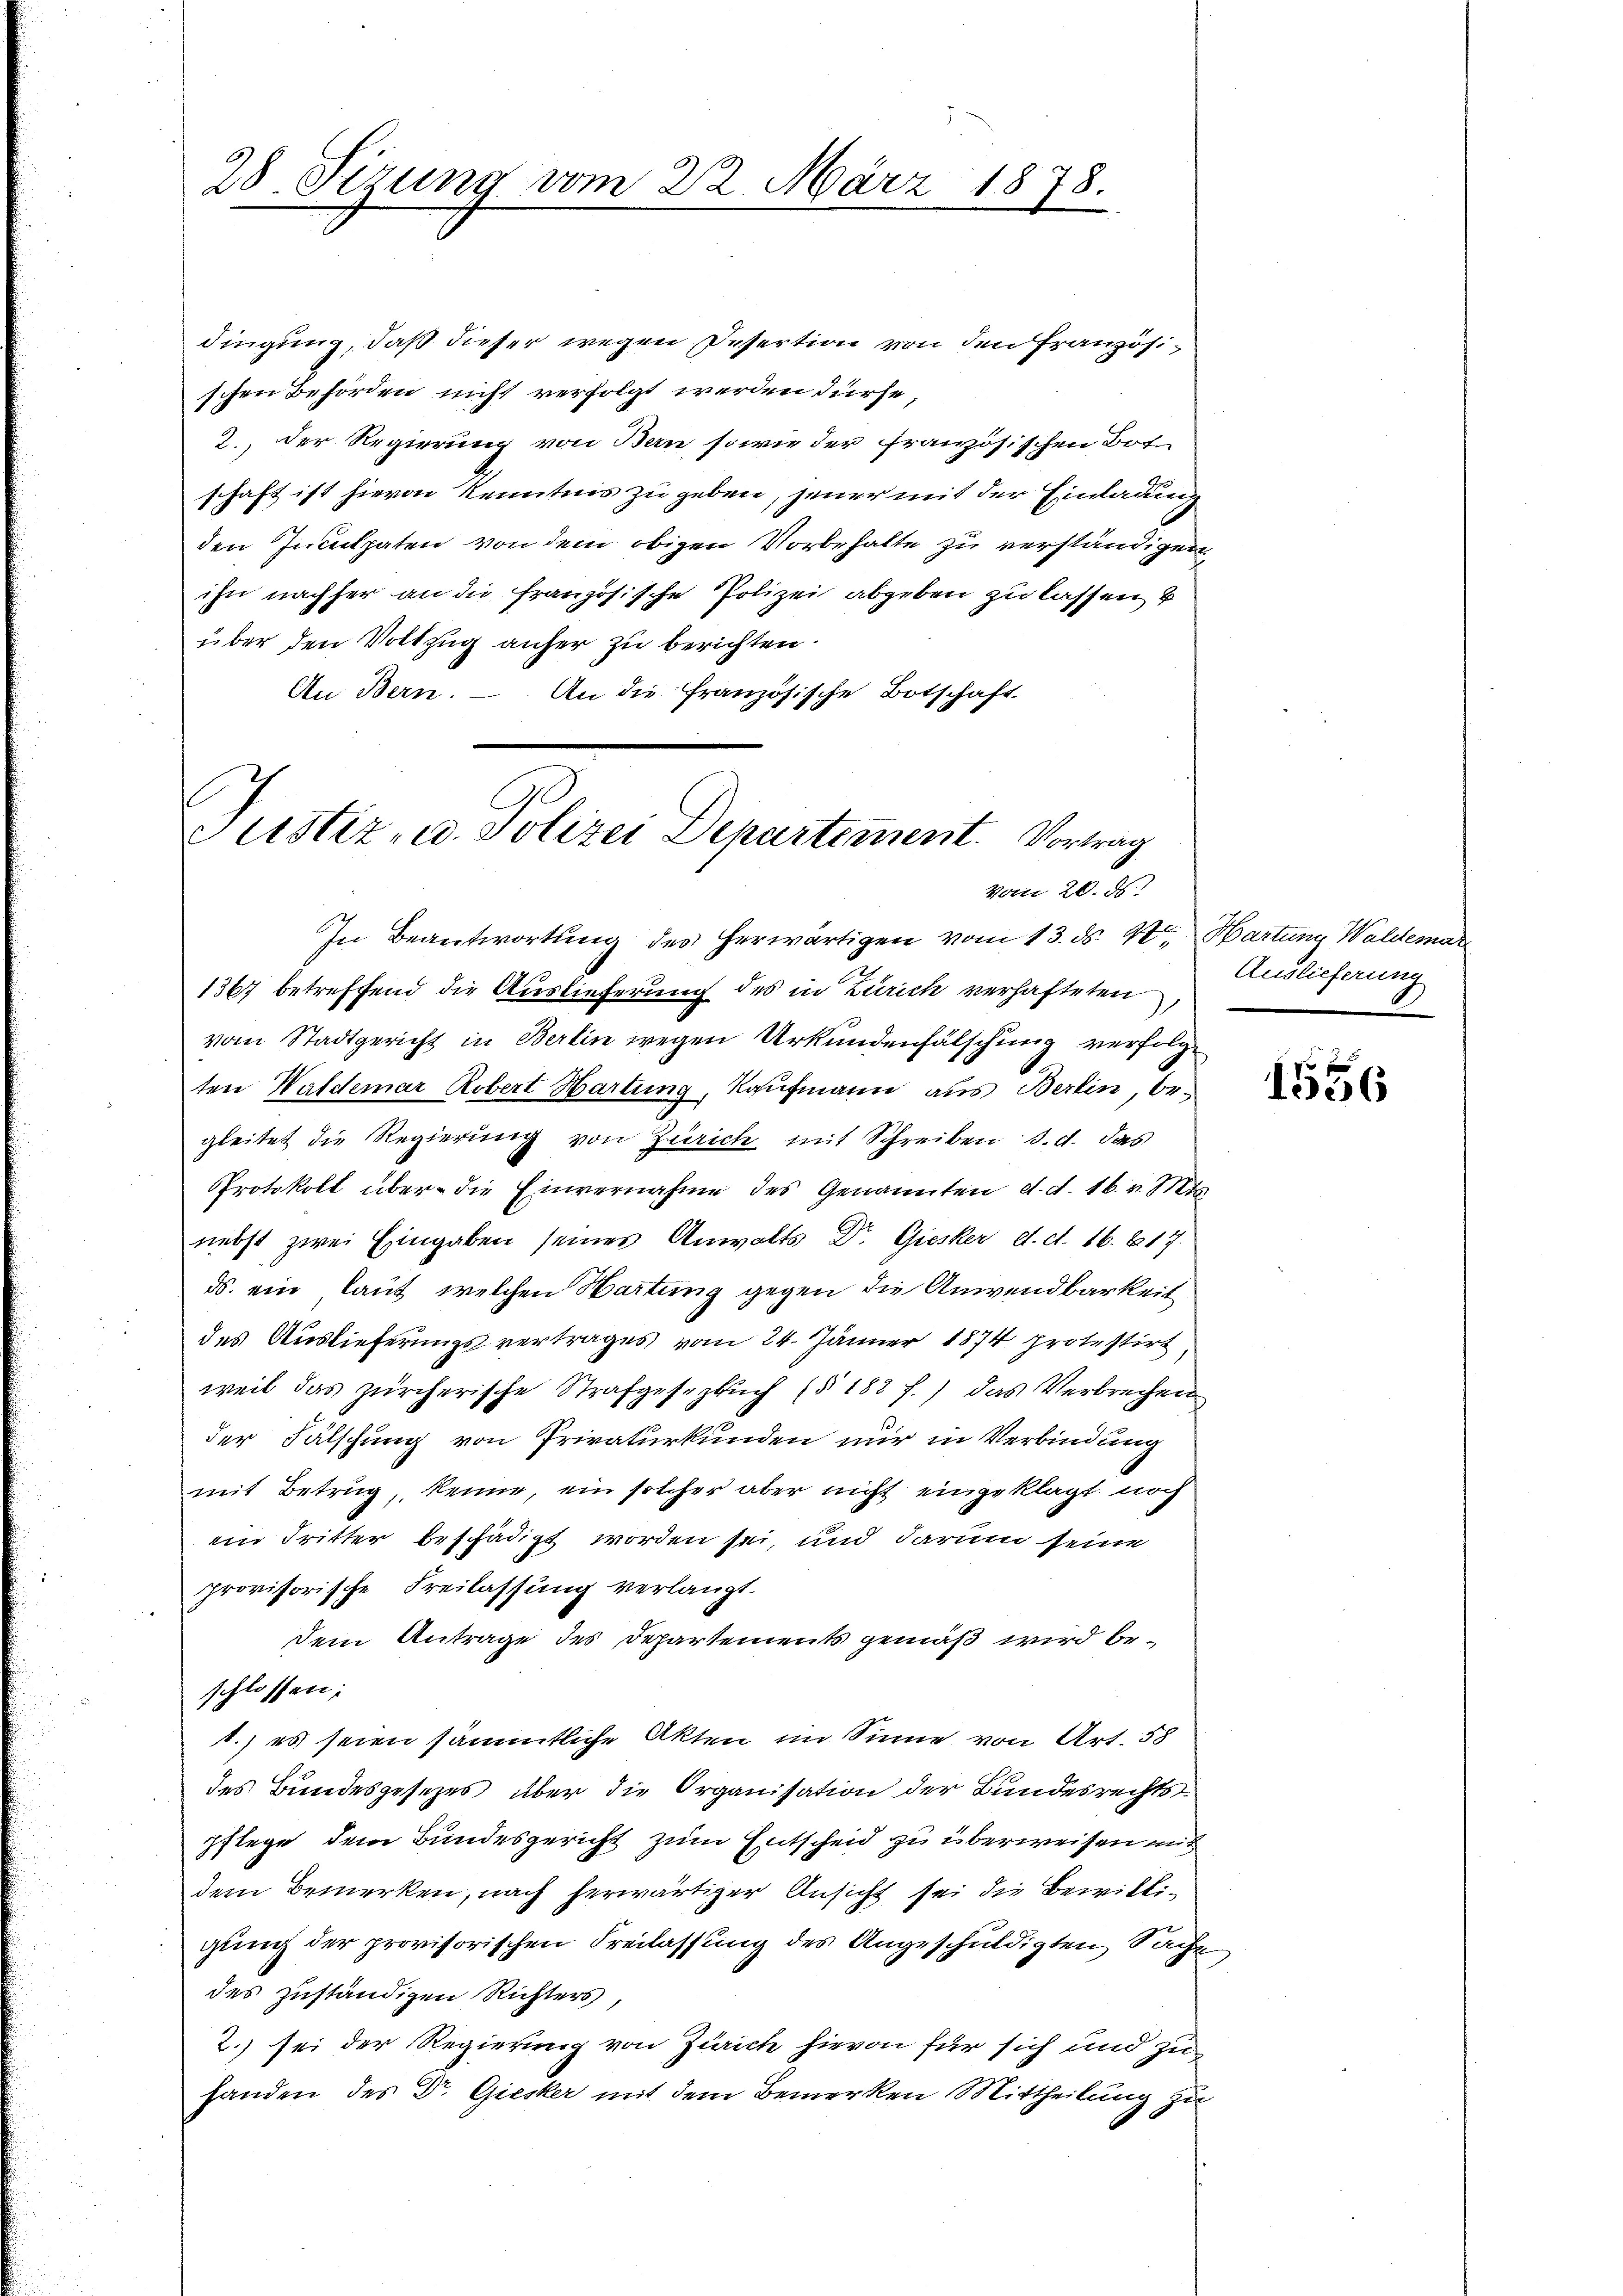
dingung, daß dieser wegen Desertion von den Französischen Behörden nicht verfolgt werden dürfe,
2., der Regierung von Bern, sowie der französischen Bot.
schaft ist hievon Kenntnis zu geben, jener mit der Einladung
den Inculpaten von dem obigen Vorbehalte zu verständigen
ihn nachher an die französische Polizei abgeben zu lassen u
über den Vollzug anher zu berichten.
An Bern. – An die französische Botschaft

28. Sitzung vom 22. März 1878.

Justiz- u. Polizei Departement. Vortrag
vom 20. ds.

In Beantwortung des herwärtigen vom 13. ds. 4t. Hartung Waldemar
1367 betreffend die Auslieferung des in Zürich verhafteten,
vom Stadtgericht in Berlin wegen Urkundenfälschung verfolgten Waldemar Robert Hartung, Kaufmann aus Berlin, br.
gleitet die Regierung von Zürich mit Schreiben d. d. das
Protokoll über die Einvernahme des Genannten d. d. 16. v. Mts.
nebst zwei Eingaben seines Anwalts Dr. Giesker d. d. 16. 817.
ds. ein laut, welchen Hartung gegen die Anwendbarkeit
des Auslieferungsvertrages vom 24. Jänner 1874 protestirt
weil das zürcherische Strafgesezbuch (§ 182 f.) das Verbrechen
der Fälschung von Privaturkunden nur in Verbindung
mit Betrug, kenne, ein solcher aber nicht eingeklagt noch
em Tritter beschädigt worden sei, und darum seine
provisorische Freilassung verlangt.
dem Antrage des Departements gemäß wird beschlossen:
1.) es seien sämmtliche Akten im Sinne von Art. 58
des Bundesgesezes über die Organisation der Bundesrechts
pflege dem Bundesgericht zum Entscheid zu überweisen mit
dem Bemerken, nach herwärtiger Ansicht sei die Bewilligung der provisorischen Freilassung des Angeschuldigten Sache
des zuständigen Richters,
2.) sei der Regierung von Zürich hievon für sich und zuhanden des Dr. Giesker mit dem Bemerken Mittheilung zu

Auslieferung

1556